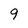
Character: 9